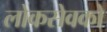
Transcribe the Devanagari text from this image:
लोकसेवको